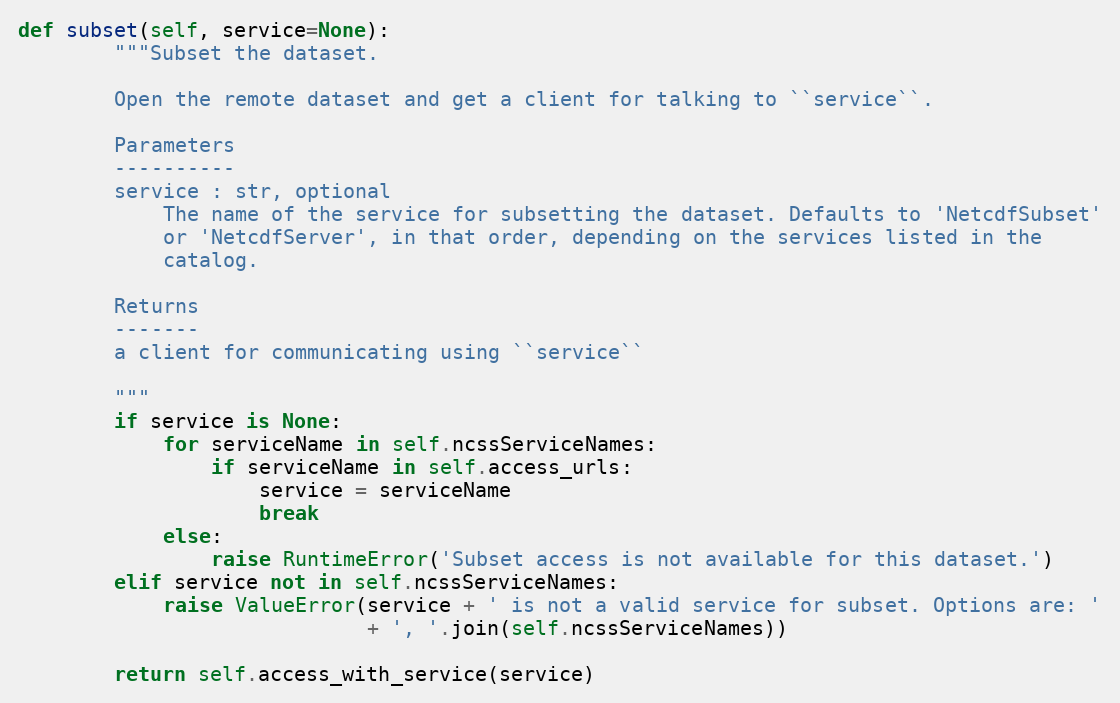
Language: Python
def subset(self, service=None):
        """Subset the dataset.

        Open the remote dataset and get a client for talking to ``service``.

        Parameters
        ----------
        service : str, optional
            The name of the service for subsetting the dataset. Defaults to 'NetcdfSubset'
            or 'NetcdfServer', in that order, depending on the services listed in the
            catalog.

        Returns
        -------
        a client for communicating using ``service``

        """
        if service is None:
            for serviceName in self.ncssServiceNames:
                if serviceName in self.access_urls:
                    service = serviceName
                    break
            else:
                raise RuntimeError('Subset access is not available for this dataset.')
        elif service not in self.ncssServiceNames:
            raise ValueError(service + ' is not a valid service for subset. Options are: '
                             + ', '.join(self.ncssServiceNames))

        return self.access_with_service(service)